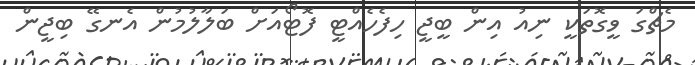
މެޗްގަ ވީގޮތަކީ ނިއު އިން ބީޖީ ހިފެހެއްޓީ ފޮޓޯއަށް ބަލާލުމުން އެނގޭ ބިޖީން